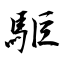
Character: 駏